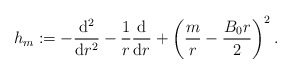
\begin{align*}h_m:=-\frac{\mathrm{d}^2}{\mathrm{d}r^2}-\frac{1}{r}\frac{\mathrm{d}}{\mathrm{d}r}+\left(\frac{m}{r}-\frac{B_0 r}{2}\right)^2.\end{align*}